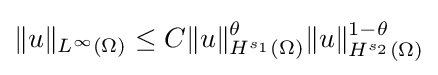
\displaystyle \|u\|_{L^{\infty }(\Omega )}\leq C\|u\|_{H^{s_{1}}(\Omega )}^{\theta }\|u\|_{H^{s_{2}}(\Omega )}^{1-\theta }